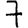
Digit: 7